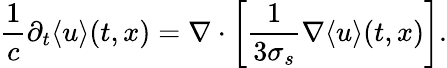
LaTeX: \frac{1}{c}\partial_{t}\langle{u}\rangle(t,x)=\nabla\cdot\left[\frac{1}{3\sigma_{s}}\nabla\langle{u}\rangle(t,x)\right].